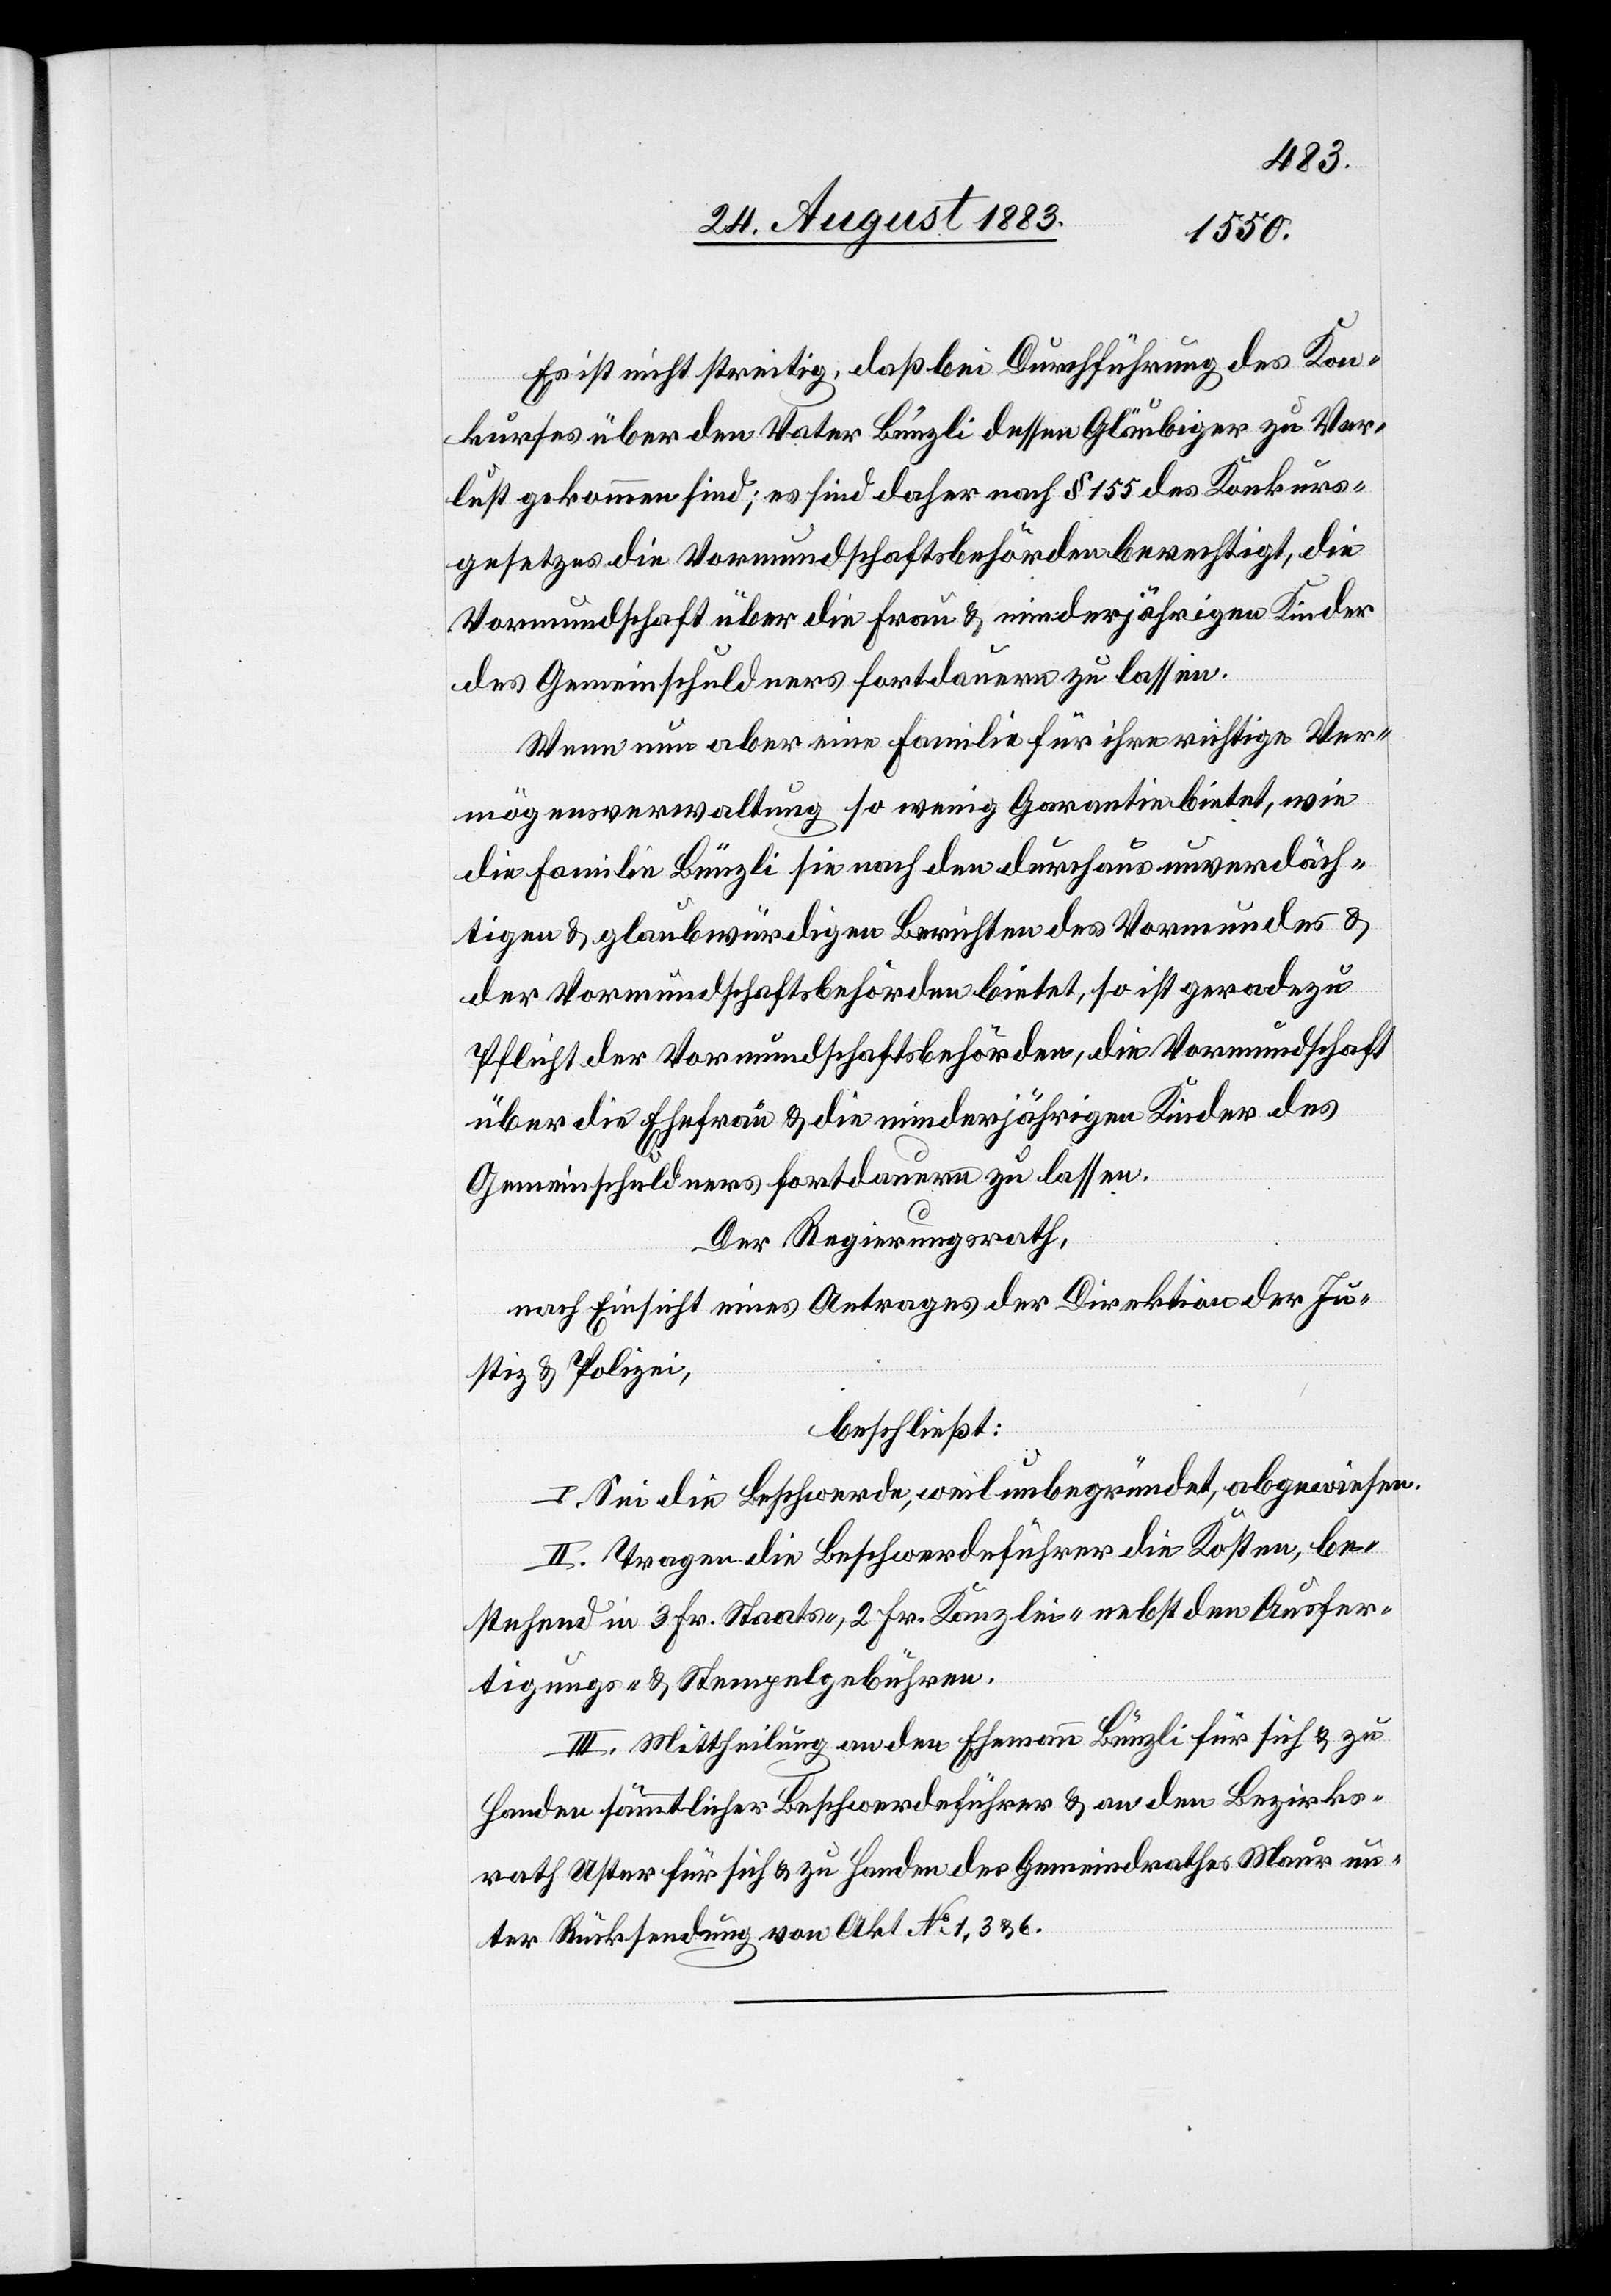
Es ist nicht streitig, daß bei Durchführung des Kon¬
kurses über den Vater Bünzli dessen Gläubiger zu Ver¬
lust gekommen sind; es sind daher nach § 155 des Konkurs¬
gesetzes die Vormundschaftsbehörden berechtigt, die
Vormundschaft über die Frau & minderjährigen Kinder
des Gemeinschuldners fortdauern zu lassen.
Wenn nun aber eine Familie für ihre richtige Ver¬
mögensverwaltung so wenig Garantie bietet, wie
die Familie Bünzli sie nach den durchaus unverdäch¬
tigen & glaubwürdigen Berichten des Vormundes &
der Vormundschaftsbehörden bietet, so ist [es] geradezu
Pflicht der Vormundschaftsbehörden, die Vormundschaft
über die Ehefrau & die minderjährigen Kinder des
Gemeinschuldners fortdauern zu lassen.
Der Regierungsrath,
nach Einsicht eines Antrages der Direktion der Ju¬
stiz & Polizei,
beschließt:
I. Sei die Beschwerde, weil unbegründet, abgewiesen.
II. Tragen die Beschwerdeführer die Kosten, be¬
stehend in 3 Fr. Staats-, 2 Fr. Kanzlei- nebst den Ausfer¬
tigungs- und Stempelgebühren.
III. Mittheilung an den Ehemann Bünzli für sich & zu
Handen sämmtlicher Beschwerdeführer & an den Bezirks¬
rath Uster für sich & zu Handen des Gemeindrathes Maur un¬
ter Rücksendung von Akt. No 1, 3 & 6.